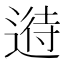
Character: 𲅪